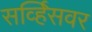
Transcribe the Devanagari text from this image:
सर्व्हिसवर